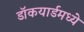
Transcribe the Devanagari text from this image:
डॉकयार्डमध्ये